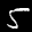
Label: 5